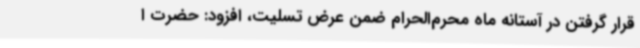
قرار گرفتن در آستانه ماه محرم‌الحرام ضمن عرض تسلیت، افزود: حضرت ا